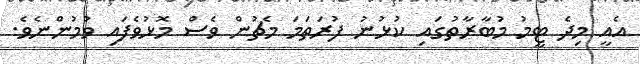
އެއީ މިދެ ޓީމު މުބާރާތުގައި ކުޅުނު ފުރަތަމަ މެޗުން ވެސް މޮޅުވެފައި ވުމުންނެވެ.